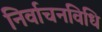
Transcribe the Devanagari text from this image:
निर्वाचनविधि